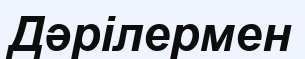
Дәрілермен